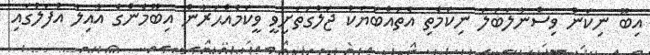
އިބޫ ނިކަން ވިސްނާލަބަލަ ނިކަމެތި އެތައްބަޔަކު ޖަލުގަތަށިވީ ވީކަމެއްޙަރާން އިބޫމެންގެ އާއިލާ އުފަލުގައި